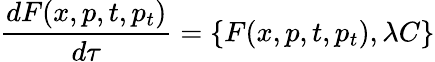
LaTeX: {\frac{dF(x,p,t,p_{t})}{d\tau}}=\{ F(x,p,t,p_{t}),\lambda C\}